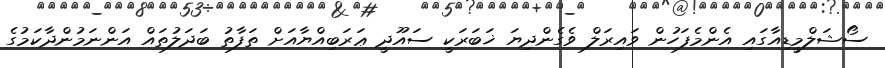
ސޯޝަލްމީޑިއާގައި އެންމެފަހުން ވައިރަލް ވެގެންދިޔަ ޚަބަރަކީ ސައޫދީ ޢަރަބިއްޔާއަށް ތަފާތު ބަދަލުތައް އަންނަމުންދާކަމުގެ